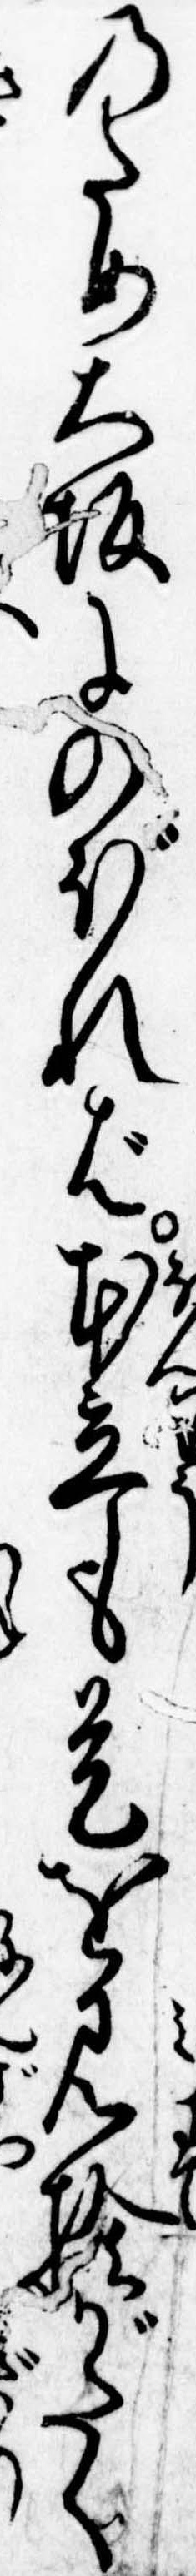
のため大坂にのぼれば本立も是を見捨がたく